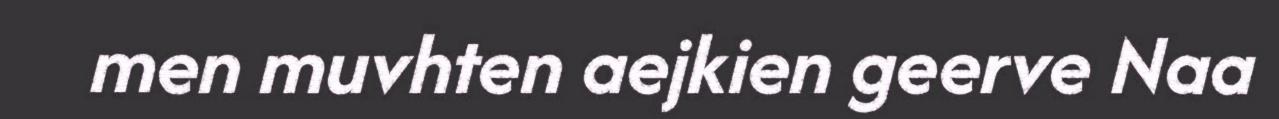
men muvhten aejkien geerve Naa